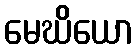
မေဃိယော